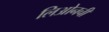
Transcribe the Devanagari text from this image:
लिओनची